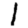
Digit: 1